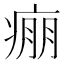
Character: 痭